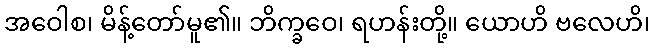
အဝေါစ၊ မိန့်တော်မူ၏။ ဘိက္ခဝေ၊ ရဟန်းတို့။ ယောဟိ ဗလေဟိ၊